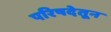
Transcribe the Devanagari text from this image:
परिषदेतून